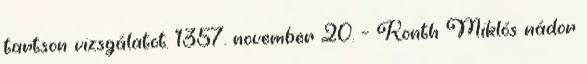
tartson vizsgálatot. 1357. november 20. – Konth Miklós nádor